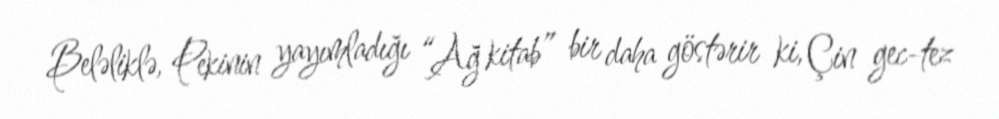
Beləliklə, Pekinin yayımladığı “Ağ kitab” bir daha göstərir ki, Çin gec-tez